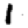
Digit: 1